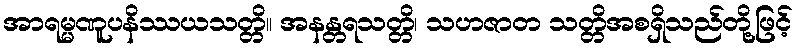
အာရမ္မဏူပနိဿယသတ္တိ။ အနန္တရသတ္တိ၊ သဟဇာတ သတ္တိအစရှိသည်တို့ဖြင့်